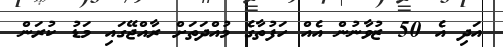
އަދި އެ 50 ޒުވާނުން އެއް ހަފުތާގެ މުއްދަތަށް ރާއްޖޭގައި މަޑު ކުރަން